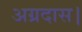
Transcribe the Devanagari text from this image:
अग्रदास।